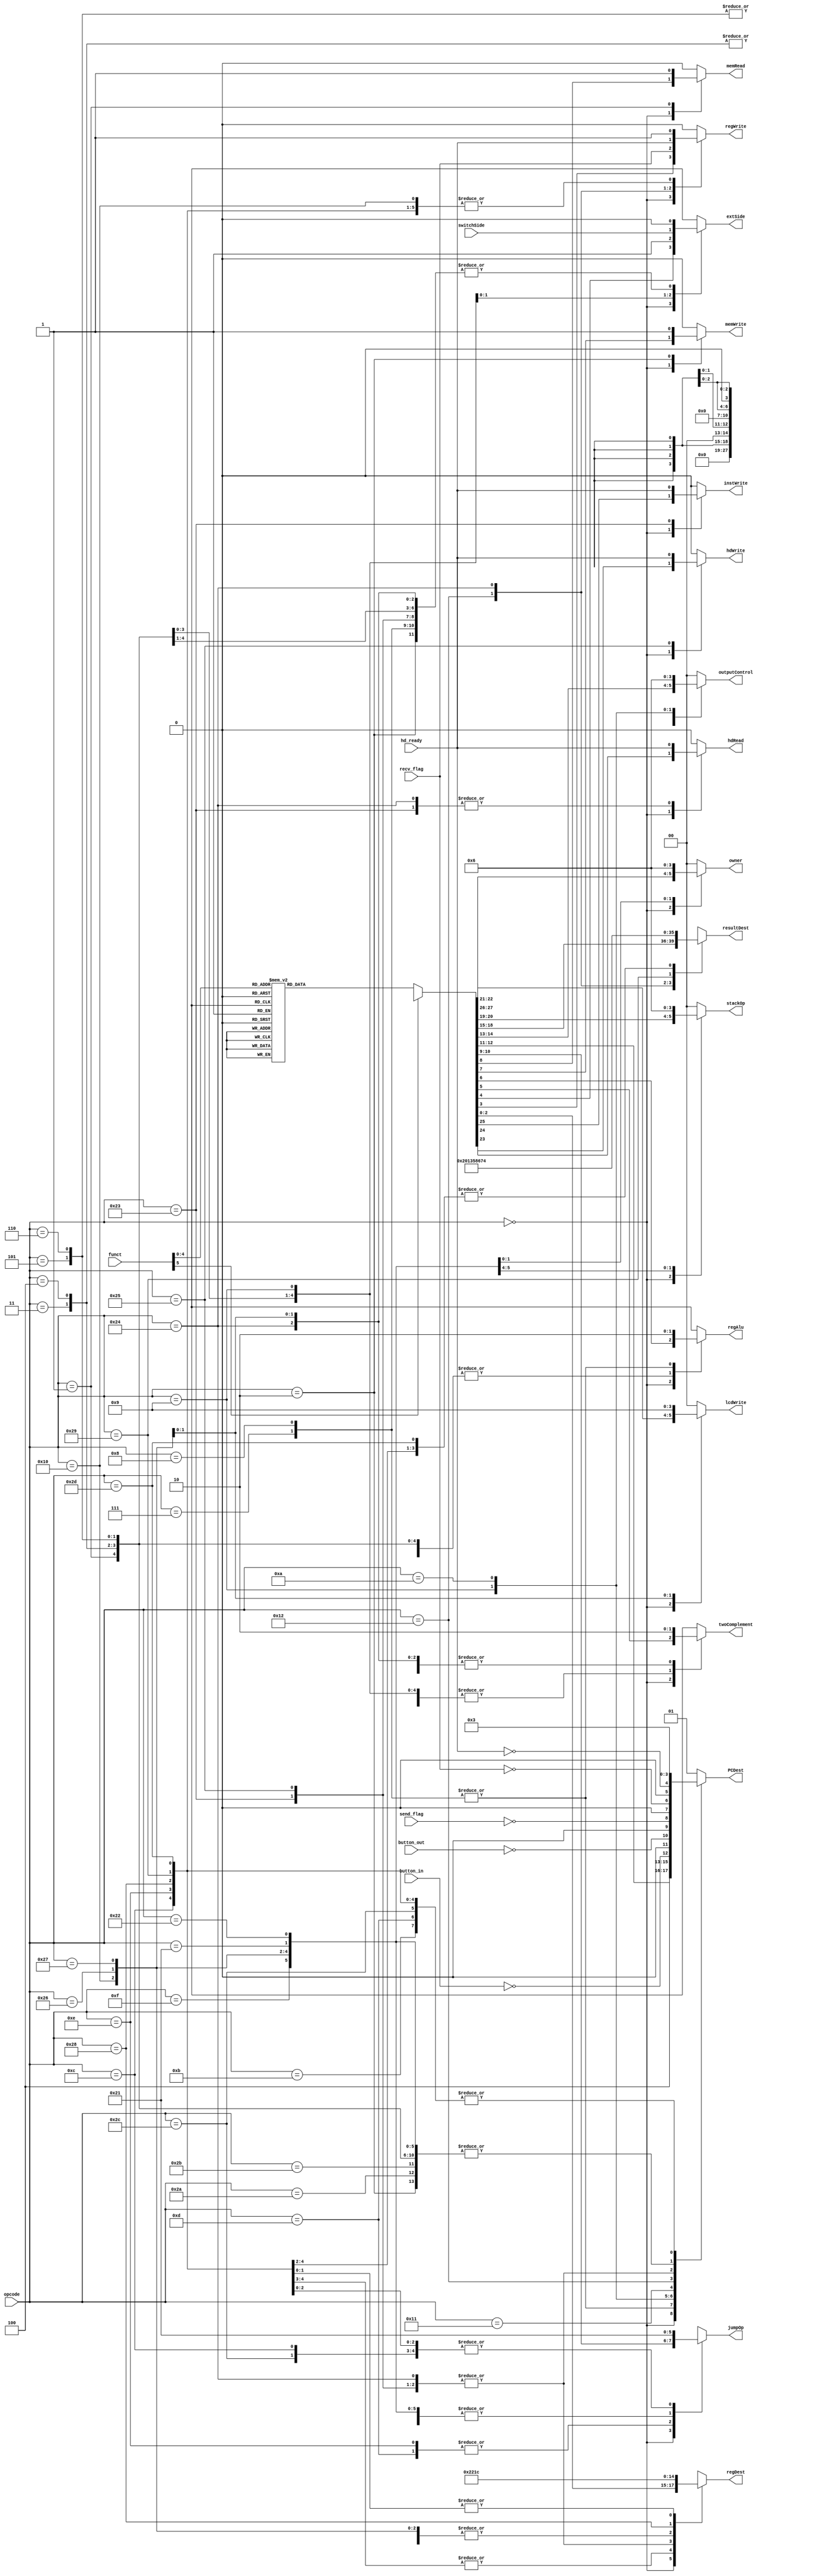
module control_unit (opcode, funct, button_in, button_out, switchSide, hd_ready, regDest, regWrite, extSide, twoComplement, regAlu, memWrite, memRead, jumpOp, PCDest, outputControl, resultDest, stackOp, owner, hdWrite, hdRead, instWrite, lcdWrite, recv_flag, send_flag);
	
	input [5:0] opcode, funct;
	input button_in, button_out, switchSide;
	input recv_flag, send_flag;
	//input reset;
	
	output reg [2:0] regDest;
	output reg regWrite, extSide, twoComplement, regAlu, memWrite, memRead;
	output reg [1:0] jumpOp, PCDest, outputControl;
	output reg [3:0] resultDest;
   output reg [1:0] stackOp;
	output reg [1:0] lcdWrite;
	
	/*Control*/
   output reg [1:0] owner; // bios or mem --> obsolete
	output reg hdWrite, hdRead, instWrite;
	input hd_ready;


	
	
	always@(*)
	begin
		
		
		
		case(opcode)
			6'b000000: begin
				
				case(funct)
					6'b000000: begin //sll
						regDest = 3'b000;
						regWrite = 1'b1;
						extSide = 1'bx;
						twoComplement = 1'bx;
						regAlu = 1'bx;
						memWrite = 1'b0;
						memRead = 1'b0;
						jumpOp = 2'b00;
						PCDest = 2'b00;
						outputControl = 2'b00;
						resultDest = 4'b0000;
						stackOp = 2'b00;
						owner = 2'b00;
						hdWrite = 1'b0;
						hdRead = 1'b0;
						instWrite = 1'b0;
						lcdWrite = 2'b00;
						 
					end
					
					6'b000001: begin //srl
						regDest = 3'b000;
						regWrite = 1'b1;
						extSide = 1'bx;
						twoComplement = 1'bx;
						regAlu = 1'bx;
						memWrite = 1'b0;
						memRead = 1'b0;
						jumpOp = 2'b00;
						PCDest = 2'b00;
						outputControl = 2'b00;
						resultDest = 4'b0000;
						stackOp = 2'b00;
						owner = 2'b00;
						hdWrite = 1'b0;
						hdRead = 1'b0;
						instWrite = 1'b0;
						lcdWrite = 2'b00;
						 
					end
					
					6'b000010: begin //sra
						regDest = 3'b000;
						regWrite = 1'b1;
						extSide = 1'bx;
						twoComplement = 1'bx;
						regAlu = 1'bx;
						memWrite = 1'b0;
						memRead = 1'b0;
						jumpOp = 2'b00;
						PCDest = 2'b00;
						outputControl = 2'b00;
						resultDest = 4'b0000;
						stackOp = 2'b00;
						owner = 2'b00;
						hdWrite = 1'b0;
						hdRead = 1'b0;
						instWrite = 1'b0;
						lcdWrite = 2'b00;
						 
					end
					
					6'b000011: begin //csl
						regDest = 3'b000;
						regWrite = 1'b1;
						extSide = 1'bx;
						twoComplement = 1'bx;
						regAlu = 1'bx;
						memWrite = 1'b0;
						memRead = 1'b0;
						jumpOp = 2'b00;
						PCDest = 2'b00;
						outputControl = 2'b00;
						resultDest = 4'b0000;
						stackOp = 2'b00;
						owner = 2'b00;
						hdWrite = 1'b0;
						hdRead = 1'b0;
						instWrite = 1'b0;
						lcdWrite = 2'b00;
						 
					end
					
					6'b000100: begin //csr
						regDest = 3'b000;
						regWrite = 1'b1;
						extSide = 1'bx;
						twoComplement = 1'bx;
						regAlu = 1'bx;
						memWrite = 1'b0;
						memRead = 1'b0;
						jumpOp = 2'b00;
						PCDest = 2'b00;
						outputControl = 2'b00;
						resultDest = 4'b0000;
						stackOp = 2'b00;
						owner = 2'b00;
						hdWrite = 1'b0;
						hdRead = 1'b0;
						instWrite = 1'b0;
						lcdWrite = 2'b00;
						 
					end
					
					6'b000101: begin // add
						regDest = 3'b001;
						regWrite = 1'b1;
						extSide = 1'bx;
						twoComplement = 1'bx;
						regAlu = 1'b0;
						memWrite = 1'b0;
						memRead = 1'b0;
						jumpOp = 2'b00;
						PCDest = 2'b00;
						outputControl = 2'b00;
						resultDest = 4'b0000;
						stackOp = 2'b00;
						owner = 2'b00;
						hdWrite = 1'b0;
						hdRead = 1'b0;
						instWrite = 1'b0;
						lcdWrite = 2'b00;
						 
					end
					
					6'b000110: begin // sub
						regDest = 3'b001;
						regWrite = 1'b1;
						extSide = 1'bx;
						twoComplement = 1'bx;
						regAlu = 1'b0;
						memWrite = 1'b0;
						memRead = 1'b0;
						jumpOp = 2'b00;
						PCDest = 2'b00;
						outputControl = 2'b00;
						resultDest = 4'b0000;
						stackOp = 2'b00;
						owner = 2'b00;
						hdWrite = 1'b0;
						hdRead = 1'b0;
						instWrite = 1'b0;
						lcdWrite = 2'b00;
						 
					end
					
					6'b000111: begin // mult
						regDest = 3'b001;
						regWrite = 1'b1;
						extSide = 1'bx;
						twoComplement = 1'bx;
						regAlu = 1'b0;
						memWrite = 1'b0;
						memRead = 1'b0;
						jumpOp = 2'b00;
						PCDest = 2'b00;
						outputControl = 2'b00;
						resultDest = 4'b0000;
						stackOp = 2'b00;
						owner = 2'b00;
						hdWrite = 1'b0;
						hdRead = 1'b0;
						instWrite = 1'b0;
						lcdWrite = 2'b00;
						 
					end
					
					6'b001000: begin // div
						regDest = 3'b001;
						regWrite = 1'b1;
						extSide = 1'bx;
						twoComplement = 1'bx;
						regAlu = 1'b0;
						memWrite = 1'b0;
						memRead = 1'b0;
						jumpOp = 2'b00;
						PCDest = 2'b00;
						outputControl = 2'b00;
						resultDest = 4'b0000;
						stackOp = 2'b00;
						owner = 2'b00;
						hdWrite = 1'b0;
						hdRead = 1'b0;
						instWrite = 1'b0;
						lcdWrite = 2'b00;
						 
					end
					
					6'b001001: begin // inc
						regDest = 3'b000;
						regWrite = 1'b1;
						extSide = 1'bx;
						twoComplement = 1'bx;
						regAlu = 1'bx;
						memWrite = 1'b0;
						memRead = 1'b0;
						jumpOp = 2'b00;
						PCDest = 2'b00;
						outputControl = 2'b00;
						resultDest = 4'b0000;
						stackOp = 2'b00;
						owner = 2'b00;
						hdWrite = 1'b0;
						hdRead = 1'b0;
						instWrite = 1'b0;
						lcdWrite = 2'b00;
						 
					end
					
					6'b001010: begin // dec
						regDest = 3'b000;
						regWrite = 1'b1;
						extSide = 1'bx;
						twoComplement = 1'bx;
						regAlu = 1'bx;
						memWrite = 1'b0;
						memRead = 1'b0;
						jumpOp = 2'b00;
						PCDest = 2'b00;
						outputControl = 2'b00;
						resultDest = 4'b0000;
						stackOp = 2'b00;
						owner = 2'b00;
						hdWrite = 1'b0;
						hdRead = 1'b0;
						instWrite = 1'b0;
						lcdWrite = 2'b00;
						 
						 
					end
					
					6'b001011: begin // mod
						regDest = 3'b001;
						regWrite = 1'b1;
						extSide = 1'bx;
						twoComplement = 1'bx;
						regAlu = 1'b0;
						memWrite = 1'b0;
						memRead = 1'b0;
						jumpOp = 2'b00;
						PCDest = 2'b00;
						outputControl = 2'b00;
						resultDest = 4'b0000;
						stackOp = 2'b00;
						owner = 2'b00;
						hdWrite = 1'b0;
						hdRead = 1'b0;
						instWrite = 1'b0;
						lcdWrite = 2'b00;
						 
					end
					
					6'b001100: begin // and
						regDest = 3'b001;
						regWrite = 1'b1;
						extSide = 1'bx;
						twoComplement = 1'bx;
						regAlu = 1'b0;
						memWrite = 1'b0;
						memRead = 1'b0;
						jumpOp = 2'b00;
						PCDest = 2'b00;
						outputControl = 2'b00;
						resultDest = 4'b0000;
						stackOp = 2'b00;
						owner = 2'b00;
						hdWrite = 1'b0;
						hdRead = 1'b0;
						instWrite = 1'b0;
						lcdWrite = 2'b00;
						 
					end
					
					6'b001101: begin // or
						regDest = 3'b001;
						regWrite = 1'b1;
						extSide = 1'bx;
						twoComplement = 1'bx;
						regAlu = 1'b0;
						memWrite = 1'b0;
						memRead = 1'b0;
						jumpOp = 2'b00;
						PCDest = 2'b00;
						outputControl = 2'b00;
						resultDest = 4'b0000;
						stackOp = 2'b00;
						owner = 2'b00;
						hdWrite = 1'b0;
						hdRead = 1'b0;
						instWrite = 1'b0;
						lcdWrite = 2'b00;
						 
					end
					
					6'b001110: begin // not
						regDest = 3'b000;
						regWrite = 1'b1;
						extSide = 1'bx;
						twoComplement = 1'bx;
						regAlu = 1'bx;
						memWrite = 1'b0;
						memRead = 1'b0;
						jumpOp = 2'b00;
						PCDest = 2'b00;
						outputControl = 2'b00;
						resultDest = 4'b0000;
						stackOp = 2'b00;
						owner = 2'b00;
						hdWrite = 1'b0;
						hdRead = 1'b0;
						instWrite = 1'b0;
						lcdWrite = 2'b00;
						 
					end
					
					6'b001111: begin // xor
						regDest = 3'b001;
						regWrite = 1'b1;
						extSide = 1'bx;
						twoComplement = 1'bx;
						regAlu = 1'b0;
						memWrite = 1'b0;
						memRead = 1'b0;
						jumpOp = 2'b00;
						PCDest = 2'b00;
						outputControl = 2'b00;
						resultDest = 4'b0000;
						stackOp = 2'b00;
						owner = 2'b00;
						hdWrite = 1'b0;
						hdRead = 1'b0;
						instWrite = 1'b0;
						lcdWrite = 2'b00;
						 
					end
					
					6'b010000: begin // move
						regDest = 3'b000;
						regWrite = 1'b1;
						extSide = 1'bx;
						twoComplement = 1'bx;
						regAlu = 1'bx;
						memWrite = 1'b0;
						memRead = 1'b0;
						jumpOp = 2'b00;
						PCDest = 2'b00;
						outputControl = 2'b00;
						resultDest = 4'b0000;
						stackOp = 2'b00;
						owner = 2'b00;
						hdWrite = 1'b0;
						hdRead = 1'b0;
						instWrite = 1'b0;
						lcdWrite = 2'b00;
						 
					end
					
					6'b010001: begin // slt
						regDest = 3'b001;
						regWrite = 1'b1;
						extSide = 1'bx;
						twoComplement = 1'bx;
						regAlu = 1'b0;
						memWrite = 1'b0;
						memRead = 1'b0;
						jumpOp = 2'b00;
						PCDest = 2'b00;
						outputControl = 2'b00;
						resultDest = 4'b0000;
						stackOp = 2'b00;
						owner = 2'b00;
						hdWrite = 1'b0;
						hdRead = 1'b0;
						instWrite = 1'b0;
						lcdWrite = 2'b00;
						 
					end
					
					6'b010010: begin // sgt
						regDest = 3'b001;
						regWrite = 1'b1;
						extSide = 1'bx;
						twoComplement = 1'bx;
						regAlu = 1'b0;
						memWrite = 1'b0;
						memRead = 1'b0;
						jumpOp = 2'b00;
						PCDest = 2'b00;
						outputControl = 2'b00;
						resultDest = 4'b0000;
						stackOp = 2'b00;
						owner = 2'b00;
						hdWrite = 1'b0;
						hdRead = 1'b0;
						instWrite = 1'b0;
						lcdWrite = 2'b00;
						 
					end
					
					6'b010011: begin // set
						regDest = 3'b001;
						regWrite = 1'b1;
						extSide = 1'bx;
						twoComplement = 1'bx;
						regAlu = 1'b0;
						memWrite = 1'b0;
						memRead = 1'b0;
						jumpOp = 2'b00;
						PCDest = 2'b00;
						outputControl = 2'b00;
						resultDest = 4'b0000;
						stackOp = 2'b00;
						owner = 2'b00;
						hdWrite = 1'b0;
						hdRead = 1'b0;
						instWrite = 1'b0;
						lcdWrite = 2'b00;
						 
					end
					
					6'b010100: begin // jr
						regDest = 3'bxxx;
						regWrite = 1'b0;
						extSide = 1'bx;
						twoComplement = 1'bx;
						regAlu = 1'bx;
						memWrite = 1'b0;
						memRead = 1'b0;
						jumpOp = 2'b11;
						PCDest = 2'b11;
						outputControl = 2'b00;
						resultDest = 4'bxxxx;
						stackOp = 2'b00;
						owner = 2'b00;
						hdWrite = 1'b0;
						hdRead = 1'b0;
						instWrite = 1'b0;
						lcdWrite = 2'b00;
						 
					end
					
					6'b010101: begin // jalr
						regDest = 3'b010;
						regWrite = 1'b1;
						extSide = 1'bx;
						twoComplement = 1'bx;
						regAlu = 1'bx;
						memWrite = 1'b0;
						memRead = 1'b0;
						jumpOp = 2'b11;
						PCDest = 2'b11;
						outputControl = 2'b00;
						resultDest = 4'b0100;
						stackOp = 2'b00;
						owner = 2'b00;
						hdWrite = 1'b0;
						hdRead = 1'b0;
						instWrite = 1'b0;
						lcdWrite = 2'b00;
						 
					end
					
					default: begin
						regDest = 3'bxxx;
						regWrite = 1'b0;
						extSide = 1'bx;
						twoComplement = 1'bx;
						regAlu = 1'bx;
						memWrite = 1'b0;
						memRead = 1'b0;
						jumpOp = 2'b00;
						PCDest = 2'bxx;
						outputControl = 2'b00;
						resultDest = 4'bxxxx;
						stackOp = 2'b00;
						owner = 2'b00;
						hdWrite = 1'b0;
						hdRead = 1'b0;
						instWrite = 1'b0;
						lcdWrite = 2'b00;
						 
					end
					
				endcase
				
			end
			
			6'b000001: begin // lw
				regDest = 3'b000;
				regWrite = 1'b1;
				extSide = 1'b0;
				twoComplement = 1'b0;
				regAlu = 1'b1;
				memWrite = 1'b0;
				memRead = 1'b1;
				jumpOp = 2'b00;
				PCDest = 2'b00;
				outputControl = 2'b00;
				resultDest = 4'b0010;
			   stackOp = 2'b00;
				owner = 2'b00;
				hdWrite = 1'b0;
				hdRead = 1'b0;
				instWrite = 1'b0;
				lcdWrite = 2'b00;
				 
			end
			
			6'b000010: begin // sw
				regDest = 3'bxxx;
				regWrite = 1'b0;
				extSide = 1'b0;
				twoComplement = 1'b0;
				regAlu = 1'b1;
				memWrite = 1'b1;
				memRead = 1'b0;
				jumpOp = 2'b00;
				PCDest = 2'b00;
				outputControl = 2'b00;
				resultDest = 4'bxxxx;
			   stackOp = 2'b00;
				owner = 2'b00;
				hdWrite = 1'b0;
				hdRead = 1'b0;
				instWrite = 1'b0;
				lcdWrite = 2'b00;
				 
			end
			
			6'b000011: begin // addi
				regDest = 3'b000;
				regWrite = 1'b1;
				extSide = 1'b0;
				twoComplement = 1'b1;
				regAlu = 1'b1;
				memWrite = 1'b0;
				memRead = 1'b0;
				jumpOp = 2'b00;
				PCDest = 2'b00;
				outputControl = 2'b00;
				resultDest = 4'b0000;
			   stackOp = 2'b00;
				owner = 2'b00;
				hdWrite = 1'b0;
				hdRead = 1'b0;
				instWrite = 1'b0;
				lcdWrite = 2'b00;
				 
			end
			
			6'b000100: begin // subi
				regDest = 3'b000;
				regWrite = 1'b1;
				extSide = 1'b0;
				twoComplement = 1'b1;
				regAlu = 1'b1;
				memWrite = 1'b0;
				memRead = 1'b0;
				jumpOp = 2'b00;
				PCDest = 2'b00;
				outputControl = 2'b00;
				resultDest = 4'b0000;
			   stackOp = 2'b00;
				owner = 2'b00;
				hdWrite = 1'b0;
				hdRead = 1'b0;
				instWrite = 1'b0;
				lcdWrite = 2'b00;
				 
			end
			
			6'b000101: begin // li
				regDest = 3'b000;
				regWrite = 1'b1;
				extSide = 1'b0;
				twoComplement = 1'b1;
				regAlu = 1'b1;
				memWrite = 1'b0;
				memRead = 1'b0;
				jumpOp = 2'b00;
				PCDest = 2'b00;
				outputControl = 2'b00;
				resultDest = 4'b0001;
			   stackOp = 2'b00;
				owner = 2'b00;
				hdWrite = 1'b0;
				hdRead = 1'b0;
				instWrite = 1'b0;
				lcdWrite = 2'b00;
				 
			end
			
			6'b000110: begin // lui
				regDest = 3'b000;
				regWrite = 1'b1;
				extSide = 1'b1;
				twoComplement = 1'b1;
				regAlu = 1'b1;
				memWrite = 1'b0;
				memRead = 1'b0;
				jumpOp = 2'b00;
				PCDest = 2'b00;
				outputControl = 2'b00;
				resultDest = 4'b0001;
			   stackOp = 2'b00;
				owner = 2'b00;
				hdWrite = 1'b0;
				hdRead = 1'b0;
				instWrite = 1'b0;
				lcdWrite = 2'b00;
				 
			end
			
			6'b000111: begin // beq
				regDest = 3'bxxx;
				regWrite = 1'b0;
				extSide = 1'b0;
				twoComplement = 1'b1;
				regAlu = 1'b0;
				memWrite = 1'b0;
				memRead = 1'b0;
				jumpOp = 2'b00;
				PCDest = 2'b10;
				outputControl = 2'b00;
				resultDest = 4'bxxxx;
			   stackOp = 2'b00;
				owner = 2'b00;
				hdWrite = 1'b0;
				hdRead = 1'b0;
				instWrite = 1'b0;
				lcdWrite = 2'b00;
				 
			end
			
			6'b001000: begin // bnq
				regDest = 3'bxxx;
				regWrite = 1'b0;
				extSide = 1'b0;
				twoComplement = 1'b1;
				regAlu = 1'b0;
				memWrite = 1'b0;
				memRead = 1'b0;
				jumpOp = 2'b00;
				PCDest = 2'b10;
				outputControl = 2'b00;
				resultDest = 4'bxxxx;
			   stackOp = 2'b00;
				owner = 2'b00;
				hdWrite = 1'b0;
				hdRead = 1'b0;
				instWrite = 1'b0;
				lcdWrite = 2'b00;
				 
			end
			
			6'b001001: begin // in
				regDest = 3'b000;
				regWrite = 1'b1;
				extSide = switchSide;
				twoComplement = 1'b1;
				regAlu = 1'bx;
				memWrite = 1'b0;
				memRead = 1'b0;
				jumpOp = 2'b00;
				PCDest = {1'b0,~button_in};
				outputControl = 2'b01;
				resultDest = 4'b0011;
			   stackOp = 2'b00;
				owner = 2'b00;
				hdWrite = 1'b0;
				hdRead = 1'b0;
				instWrite = 1'b0;
				lcdWrite = 2'b00;
				 
			end
			
			6'b001010: begin // out
				regDest = 3'bxxx;
				regWrite = 1'b0;
				extSide = 1'bx;
				twoComplement = 1'bx;
				regAlu = 1'bx;
				memWrite = 1'b0;
				memRead = 1'b0;
				jumpOp = 2'b00;
				PCDest = {1'b0,~button_out};
				outputControl = 2'b10;
				resultDest = 4'bxxxx;
			   stackOp = 2'b00;
				owner = 2'b00;
				hdWrite = 1'b0;
				hdRead = 1'b0;
				instWrite = 1'b0;
				lcdWrite = 2'b00;
				 
			end
			
			6'b001011: begin // j
				regDest = 3'bxxx;
				regWrite = 1'b0;
				extSide = 1'bx;
				twoComplement = 1'bx;
				regAlu = 1'bx;
				memWrite = 1'b0;
				memRead = 1'b0;
				jumpOp = 2'b01;
				PCDest = 2'b11;
				outputControl = 2'b00;
				resultDest = 4'bxxxx;
			   stackOp = 2'b00;
				owner = 2'b00;
				hdWrite = 1'b0;
				hdRead = 1'b0;
				instWrite = 1'b0;
				lcdWrite = 2'b00;
				 
			end
			
			6'b001100: begin // jal
				regDest = 3'b010;
				regWrite = 1'b1;
				extSide = 1'bx;
				twoComplement = 1'bx;
				regAlu = 1'bx;
				memWrite = 1'b0;
				memRead = 1'b0;
				jumpOp = 2'b01;
				PCDest = 2'b11;
				outputControl = 2'b00;
				resultDest = 4'b0100;
			   stackOp = 2'b00;
				owner = 2'b00;
				hdWrite = 1'b0;
				hdRead = 1'b0;
				instWrite = 1'b0;
				lcdWrite = 2'b00;
				 
			end
			
			6'b001101: begin // ju
				regDest = 3'bxxx;
				regWrite = 1'b0;
				extSide = 1'bx;
				twoComplement = 1'bx;
				regAlu = 1'bx;
				memWrite = 1'b0;
				memRead = 1'b0;
				jumpOp = 2'b10;
				PCDest = 2'b11;
				outputControl = 2'b00;
				resultDest = 4'bxxxx;
			   stackOp = 2'b00;
				owner = 2'b00;
				hdWrite = 1'b0;
				hdRead = 1'b0;
				instWrite = 1'b0;
				lcdWrite = 2'b00;
				 
			end
			
			6'b001110: begin // jual
				regDest = 3'b010;
				regWrite = 1'b1;
				extSide = 1'bx;
				twoComplement = 1'bx;
				regAlu = 1'bx;
				memWrite = 1'b0;
				memRead = 1'b0;
				jumpOp = 2'b10;
				PCDest = 2'b11;
				outputControl = 2'b00;
				resultDest = 4'b0100;
			   stackOp = 2'b00;
				owner = 2'b00;
				hdWrite = 1'b0;
				hdRead = 1'b0;
				instWrite = 1'b0;
				lcdWrite = 2'b00;
				 
			end

			6'b001111: begin // push
				regDest = 3'bxxx;
				regWrite = 1'b0;
				extSide = 1'bx;
				twoComplement = 1'bx;
				regAlu = 1'bx;
				memWrite = 1'b0;
				memRead = 1'b0;
				jumpOp = 2'b00;
				PCDest = 2'b00;
				outputControl = 2'b00;
				resultDest = 4'bxxxx;
			   stackOp = 2'b01;
				owner = 2'b00;
				hdWrite = 1'b0;
				hdRead = 1'b0;
				instWrite = 1'b0;
				lcdWrite = 2'b00;
				 
			end

			6'b010000: begin // pop
				regDest = 3'b000;
				regWrite = 1'b1;
				extSide = 1'bx;
				twoComplement = 1'bx;
				regAlu = 1'bx;
				memWrite = 1'b0;
				memRead = 1'b0;
				jumpOp = 2'b00;
				PCDest = 2'b00;
				outputControl = 2'b00;
				resultDest = 4'b0101;
			   stackOp = 2'b10;
				owner = 2'b00;
				hdWrite = 1'b0;
				hdRead = 1'b0;
				instWrite = 1'b0;
				lcdWrite = 2'b00;
				 
			end
			
			6'b010001: begin // send
				regDest = 3'bxxx;
				regWrite = 1'b0;
				extSide = 1'bx;
				twoComplement = 1'bx;
				regAlu = 1'bx;
				memWrite = 1'b0;
				memRead = 1'b0;
				jumpOp = 2'b00;
				PCDest = {1'b0,~send_flag};
				outputControl = 2'b00;
				resultDest = 4'bxxxx;
			   stackOp = 2'b00;
				owner = 2'b00;
				hdWrite = 1'b0;
				hdRead = 1'b0;
				instWrite = 1'b0;
				lcdWrite = 2'b00;
			end
			
			6'b010010: begin // receive (recv)
				regDest = 3'b000;
				regWrite = recv_flag;
				extSide = 1'bx;
				twoComplement = 1'bx;
				regAlu = 1'bx;
				memWrite = 1'b0;
				memRead = 1'b0;
				jumpOp = 2'b00;
				PCDest = {1'b0,~recv_flag};
				outputControl = 2'b00;
				resultDest = 4'b1000;
			   stackOp = 2'b00;
				owner = 2'b00;
				hdWrite = 1'b0;
				hdRead = 1'b0;
				instWrite = 1'b0;
				lcdWrite = 2'b00;
			end
			
			6'b111111: begin // halt
				regDest = 3'bxxx;
				regWrite = 1'b0;
				extSide = 1'bx;
				twoComplement = 1'bx;
				regAlu = 1'bx;
				memWrite = 1'b0;
				memRead = 1'b0;
				jumpOp = 2'bxx;
				PCDest = 2'b01;
				outputControl = 2'b00;
				resultDest = 4'bxxxx;
			   stackOp = 2'b00;
				owner = 2'b00;
				hdWrite = 1'b0;
				hdRead = 1'b0;
				instWrite = 1'b0;
				lcdWrite = 2'b00;
				 
			end
			
			6'b100001: begin // upbios
				regDest = 3'bxxx;
				regWrite = 1'b0;
				extSide = 1'bx;
				twoComplement = 1'bx;
				regAlu = 1'bx;
				memWrite = 1'b0;
				memRead = 1'b0;
				jumpOp = 2'b00;
				PCDest = 2'b00;
				outputControl = 2'b00;
				resultDest = 4'bxxxx;
			   stackOp = 2'b00;
				owner = 2'b01;
				hdWrite = 1'b0;
				hdRead = 1'b0;
				instWrite = 1'b0;
				lcdWrite = 2'b00;
				 
			end
			
			6'b100010: begin // upmem
				regDest = 3'bxxx;
				regWrite = 1'b0;
				extSide = 1'bx;
				twoComplement = 1'bx;
				regAlu = 1'bx;
				memWrite = 1'b0;
				memRead = 1'b0;
				jumpOp = 2'b00;
				PCDest = 2'b00;
				outputControl = 2'b00;
				resultDest = 4'bxxxx;
			   stackOp = 2'b00;
				owner = 2'b10;
				hdWrite = 1'b0;
				hdRead = 1'b0;
				instWrite = 1'b0;
				lcdWrite = 2'b00;
				 
			end
			
			6'b100011: begin // hdtoinst
				regDest = 3'b001;
				regWrite = 1'b0;
				extSide = 1'b0;
				twoComplement = 1'b0;
				regAlu = 1'bx;
				memWrite = 1'b0;
				memRead = 1'b0;
				jumpOp = 2'b00;
				PCDest = {1'b0,~hd_ready};
				outputControl = 2'b00;
				resultDest = 4'bxxxx;
			   stackOp = 2'b00;
				owner = 2'b00;
				hdWrite = 1'b0;
				hdRead = hd_ready;
				instWrite = hd_ready;
				lcdWrite = 2'b00;
				 
			end
			
			6'b100100: begin // hdtoreg
				regDest = 3'b001;
				regWrite = hd_ready;
				extSide = 1'b0;
				twoComplement = 1'b0;
				regAlu = 1'bx;
				memWrite = 1'b0;
				memRead = 1'b0;
				jumpOp = 2'b00;
				PCDest = {1'b0,~hd_ready};
				outputControl = 2'b00;
				resultDest = 4'b0110;
			   stackOp = 2'b00;
				owner = 2'b00;
				hdWrite = 1'b0;
				hdRead = hd_ready;
				instWrite = 1'b0;
				lcdWrite = 2'b00;
				 
			end
			
			6'b100101: begin // regtohd
				regDest = 3'b001;
				regWrite = 1'b0;
				extSide = 1'b0;
				twoComplement = 1'b0;
				regAlu = 1'bx;
				memWrite = 1'b0;
				memRead = 1'b0;
				jumpOp = 2'b00;
				PCDest = {1'b0,~hd_ready};
				outputControl = 2'b00;
				resultDest = 4'bxxxx;
			   stackOp = 2'b00;
				owner = 2'b00;
				hdWrite = hd_ready;
				hdRead = 1'b0;
				instWrite = 1'b0;
				lcdWrite = 2'b00;
				 
			end
			
			6'b100110: begin // lcdclean
				regDest = 3'b000;
				regWrite = 1'b0;
				extSide = 1'b0;
				twoComplement = 1'b0;
				regAlu = 1'bx;
				memWrite = 1'b0;
				memRead = 1'b0;
				jumpOp = 2'b00;
				PCDest = 2'b00;
				outputControl = 2'b00;
				resultDest = 4'bxxxx;
			   stackOp = 2'b00;
				owner = 2'b00;
				hdWrite = 1'b0;
				hdRead = 1'b0;
				instWrite = 1'b0;
				lcdWrite = 2'b10;
				 
			end
			
			6'b100111: begin // lcdwrite
				regDest = 3'b000;
				regWrite = 1'b0;
				extSide = 1'b0;
				twoComplement = 1'b0;
				regAlu = 1'bx;
				memWrite = 1'b0;
				memRead = 1'b0;
				jumpOp = 2'b00;
				PCDest = 2'b00;
				outputControl = 2'b00;
				resultDest = 4'bxxxx;
			   stackOp = 2'b00;
				owner = 2'b00;
				hdWrite = 1'b0;
				hdRead = 1'b0;
				instWrite = 1'b0;
				lcdWrite = 2'b01;
				 
			end
			
			6'b101000: begin // jalos
				regDest = 3'b011;
				regWrite = 1'b1;
				extSide = 1'bx;
				twoComplement = 1'bx;
				regAlu = 1'bx;
				memWrite = 1'b0;
				memRead = 1'b0;
				jumpOp = 2'b01;
				PCDest = 2'b11;
				outputControl = 2'b00;
				resultDest = 4'b0100;
			   stackOp = 2'b00;
				owner = 2'b00;
				hdWrite = 1'b0;
				hdRead = 1'b0;
				instWrite = 1'b0;
				lcdWrite = 2'b00;
				 
			end
			
			6'b101001: begin // preemp
				regDest = 3'b100;
				regWrite = 1'b1;
				extSide = 1'bx;
				twoComplement = 1'bx;
				regAlu = 1'bx;
				memWrite = 1'b0;
				memRead = 1'b0;
				jumpOp = 2'b01;
				PCDest = 2'b11;
				outputControl = 2'b00;
				resultDest = 4'b0111;
			   stackOp = 2'b00;
				owner = 2'b00;
				hdWrite = 1'b0;
				hdRead = 1'b0;
				instWrite = 1'b0;
				lcdWrite = 2'b00;
				 
			end
			
			6'b101010: begin // intr_on
				regDest = 3'bxxx;
				regWrite = 1'b0;
				extSide = 1'bx;
				twoComplement = 1'bx;
				regAlu = 1'bx;
				memWrite = 1'b0;
				memRead = 1'b0;
				jumpOp = 2'b00;
				PCDest = 2'b00;
				outputControl = 2'b00;
				resultDest = 4'bxxxx;
			   stackOp = 2'b00;
				owner = 2'b00;
				hdWrite = 1'b0;
				hdRead = 1'b0;
				instWrite = 1'b0;
				lcdWrite = 2'b00;
				 
			end
			
			6'b101011: begin // intr_off
				regDest = 3'bxxx;
				regWrite = 1'b0;
				extSide = 1'bx;
				twoComplement = 1'bx;
				regAlu = 1'bx;
				memWrite = 1'b0;
				memRead = 1'b0;
				jumpOp = 2'b00;
				PCDest = 2'b00;
				outputControl = 2'b00;
				resultDest = 4'bxxxx;
			   stackOp = 2'b00;
				owner = 2'b00;
				hdWrite = 1'b0;
				hdRead = 1'b0;
				instWrite = 1'b0;
				lcdWrite = 2'b00;
				 
			end
			
			6'b101100: begin // return
				regDest = 3'bxxx;
				regWrite = 1'b0;
				extSide = 1'bx;
				twoComplement = 1'bx;
				regAlu = 1'bx;
				memWrite = 1'b0;
				memRead = 1'b0;
				jumpOp = 2'b01;
				PCDest = 2'b11;
				outputControl = 2'b00;
				resultDest = 4'bxxxx;
			   stackOp = 2'b00;
				owner = 2'b00;
				hdWrite = 1'b0;
				hdRead = 1'b0;
				instWrite = 1'b0;
				lcdWrite = 2'b00;
				 
			end
			
			6'b101101: begin // syscall
				regDest = 3'b100;
				regWrite = 1'b1;
				extSide = 1'bx;
				twoComplement = 1'bx;
				regAlu = 1'bx;
				memWrite = 1'b0;
				memRead = 1'b0;
				jumpOp = 2'b01;
				PCDest = 2'b11;
				outputControl = 2'b00;
				resultDest = 4'b0100;
			   stackOp = 2'b00;
				owner = 2'b00;
				hdWrite = 1'b0;
				hdRead = 1'b0;
				instWrite = 1'b0;
				lcdWrite = 2'b00;
				 
			end
			
			default: begin // ~halt
				regDest = 3'bxxx;
				regWrite = 1'b0;
				extSide = 1'bx;
				twoComplement = 1'bx;
				regAlu = 1'bx;
				memWrite = 1'b0;
				memRead = 1'b0;
				jumpOp = 2'bxx;
				PCDest = 2'b01;
				outputControl = 2'b00;
				resultDest = 4'bxxxx;
			   stackOp = 2'b00;
				owner = 2'b00;
				hdWrite = 1'b0;
				hdRead = 1'b0;
				instWrite = 1'b0;
				lcdWrite = 2'b00;
			end
		endcase
		
		/*if (reset == 1'b1) begin
			owner = 1'b0; //reset system
		end*/
		
	end
endmodule